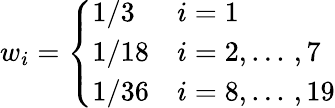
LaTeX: w_{i}=\left\{ \begin{array}{ll}{1/3}&{i=1}\\ {1/18}&{i=2,...\, ,7}\\ {1/36}&{i=8,...\, ,19}\end{array}\right.